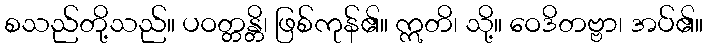
စသည်တို့သည်။ ပဝတ္တန္တိ၊ ဖြစ်ကုန်၏။ ဣတိ၊ သို့။ ဝေဒိတဗ္ဗာ၊ အပ်၏။